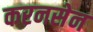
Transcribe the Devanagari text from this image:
करनसेन